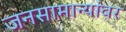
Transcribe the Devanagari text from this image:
जनसामान्यांवर